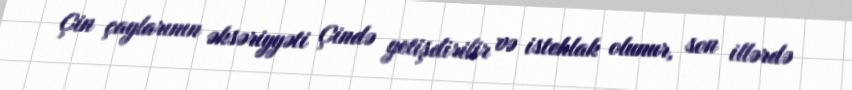
Çin çaylarının əksəriyyəti Çində yetişdirilir və istehlak olunur, son illərdə